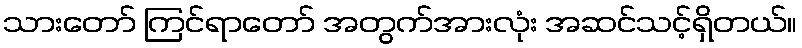
သားတော် ကြင်ရာတော် အတွက်အားလုံး အဆင်သင့်ရှိတယ်။